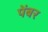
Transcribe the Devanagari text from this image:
पेंबर